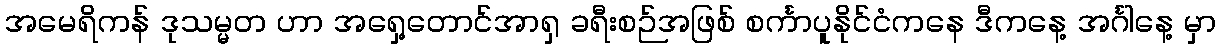
အမေရိကန် ဒုသမ္မတ ဟာ အရှေ့တောင်အာရှ ခရီးစဉ်အဖြစ် စင်္ကာပူနိုင်ငံကနေ ဒီကနေ့ အင်္ဂါနေ့ မှာ